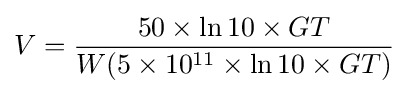
V={\frac {50\times \ln 10\times GT}{W(5\times 10^{11}\times \ln 10\times GT)}}